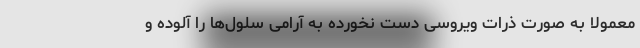
معمولا به صورت ذرات ویروسیِ دست نخورده به آرامی سلول‌ها را آلوده و